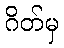
ဂိတ်မှ